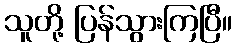
သူတို့ ပြန်သွားကြပြီ။